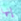
إنها